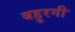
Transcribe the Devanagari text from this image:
बहुरगी